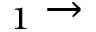
_ 1 \rightarrow